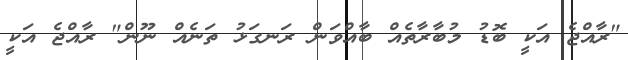
"ރާއްޖެ އަކީ ބޮޑު މުބާރާތެއް ބާއްވަން ރަނގަޅު ތަނެއް ނޫން" ރާއްޖެ އަކީ